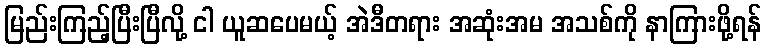
မြည်းကြည့်ပြီးပြီလို့ ငါ ယူဆပေမယ့် အဲဒီတရား အဆုံးအမ အသစ်ကို နာကြားဖို့ရန်